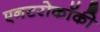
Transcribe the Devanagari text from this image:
एनटरोकॉकी